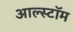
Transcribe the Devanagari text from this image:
आल्स्टॉम